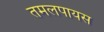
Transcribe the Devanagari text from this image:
तमलपायस